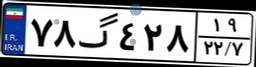
۴۴گ۷۱۶۸۶